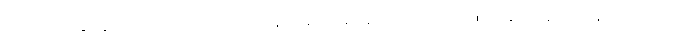
ညဉ့်ဆည်းဆာ၌လည်းကောင်း။ ပါတံ၊ နံနက်ဆည်ဆာ၌လည်းကောင်း။ ဥဒကောရောဟနာနုယောဂံ၊